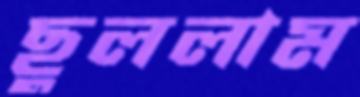
ছুললাম